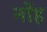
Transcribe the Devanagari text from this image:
नोंह